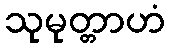
သုမုတ္တာဟံ